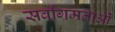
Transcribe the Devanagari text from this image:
सर्वागमताओं